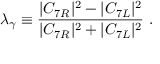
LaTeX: \lambda _ { \gamma } \equiv { \frac { | C _ { 7 R } | ^ { 2 } - | C _ { 7 L } | ^ { 2 } } { | C _ { 7 R } | ^ { 2 } + | C _ { 7 L } | ^ { 2 } } } ~ .